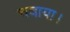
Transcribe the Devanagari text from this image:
चबाया।